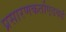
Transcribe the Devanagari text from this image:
प्रसारणकर्ताएडवर्ड